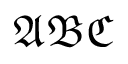
\mathfrak { A B C }